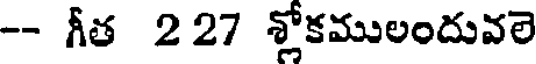
-- గీత 227 శ్లోకములందువలె